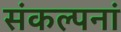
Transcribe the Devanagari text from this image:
संकल्पनां